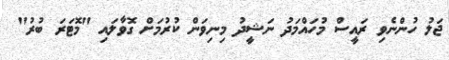
ޖަލު ހުންނެވި ރައީސް މުހައްމަދު ނަޝީދު މިނިވަން ކުރުމަށް ގޮވާލައި "މޮޓަރަ ބުރު"